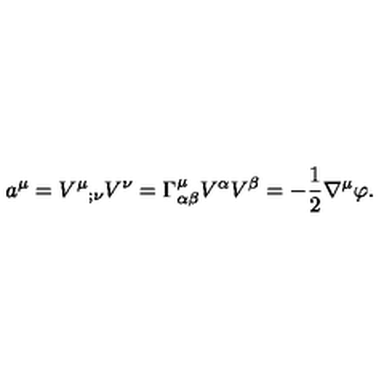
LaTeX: a ^ { \mu } = V ^ { \mu } { } _ { ; \nu } V ^ { \nu } = \Gamma _ { \alpha \beta } ^ { \mu } V ^ { \alpha } V ^ { \beta } = - { \frac { 1 } { 2 } } \nabla ^ { \mu } \varphi .